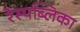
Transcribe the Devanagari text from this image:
रेस्पब्लिका